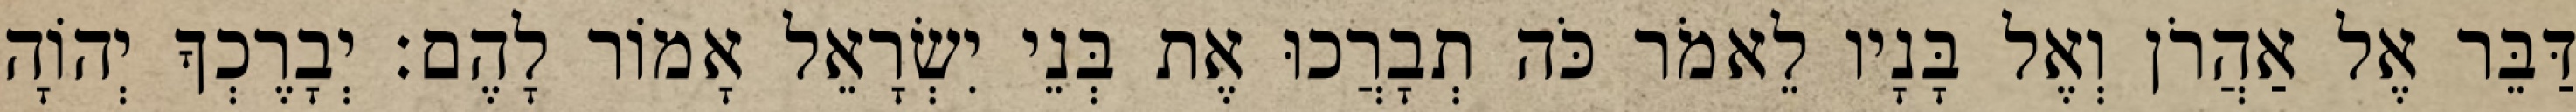
דַּבֵּר אֶל אַהֲרֹן וְאֶל בָּנָיו לֵאמֹר כֹּה תְבָרֲכוּ אֶת בְּנֵי יִשְׂרָאֵל אָמוֹר לָהֶם׃ יְבָרֶכְךָ יְהוָֹה